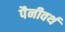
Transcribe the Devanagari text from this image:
पैनीवर्थ